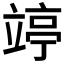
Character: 𥪜